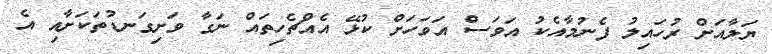
ޔަލާއަށް ރުހައިލު ފެނުމާއެކު އަވަސް އަވަހަށް ކުޅޭ އެއްޗެހިތައް ނަގާ ވަށިގަނޑުތަކަށާއި އެ